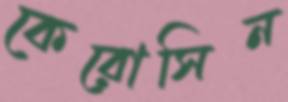
কেরোসিন